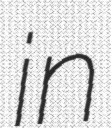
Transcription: in